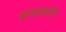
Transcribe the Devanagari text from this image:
जयावर्धने